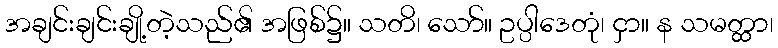
အချင်းချင်းချို့တဲ့သည်၏ အဖြစ်၌။ သတိ၊ သော်။ ဥပ္ပါဒေတုံ၊ ငှာ။ န သမတ္ထာ၊